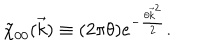
\tilde { \chi } _ { 0 0 } ( \vec { k } ) \equiv ( 2 \pi \theta ) e ^ { - \frac { \theta { \vec { k } } ^ { 2 } } { 2 } } .